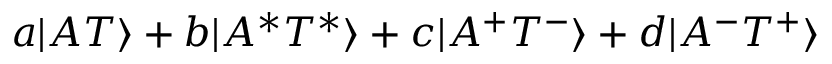
a | A T \rangle + b | A ^ { * } T ^ { * } \rangle + c | A ^ { + } T ^ { - } \rangle + d | A ^ { - } T ^ { + } \rangle